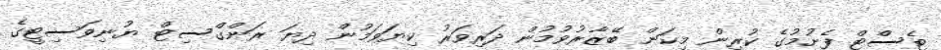
ޓެސްޓް ފެށުމުގެ ކުރިން މިކަން ބޭޒާރުވުމުން ދަރިވަރު ކިޔަވަމުން ދިޔަ ރަންގްސިޓް ޔުނިވަސިޓީގެ